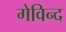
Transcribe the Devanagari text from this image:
गेविन्द